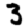
Digit: 3